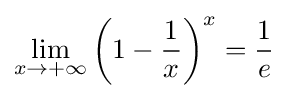
\lim _{x\to +\infty }\left(1-{\frac {1}{x}}\right)^{x}={\frac {1}{e}}